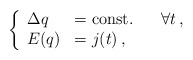
\begin{align*}\left\{ \begin{array}{ll}\Delta q & = \mbox{const.} \; \; \; \; \; \; \forall t \, , \\E(q) & = j(t) \, , \end{array}\right.\end{align*}